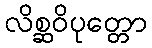
လိစ္ဆဝိပုတ္တော